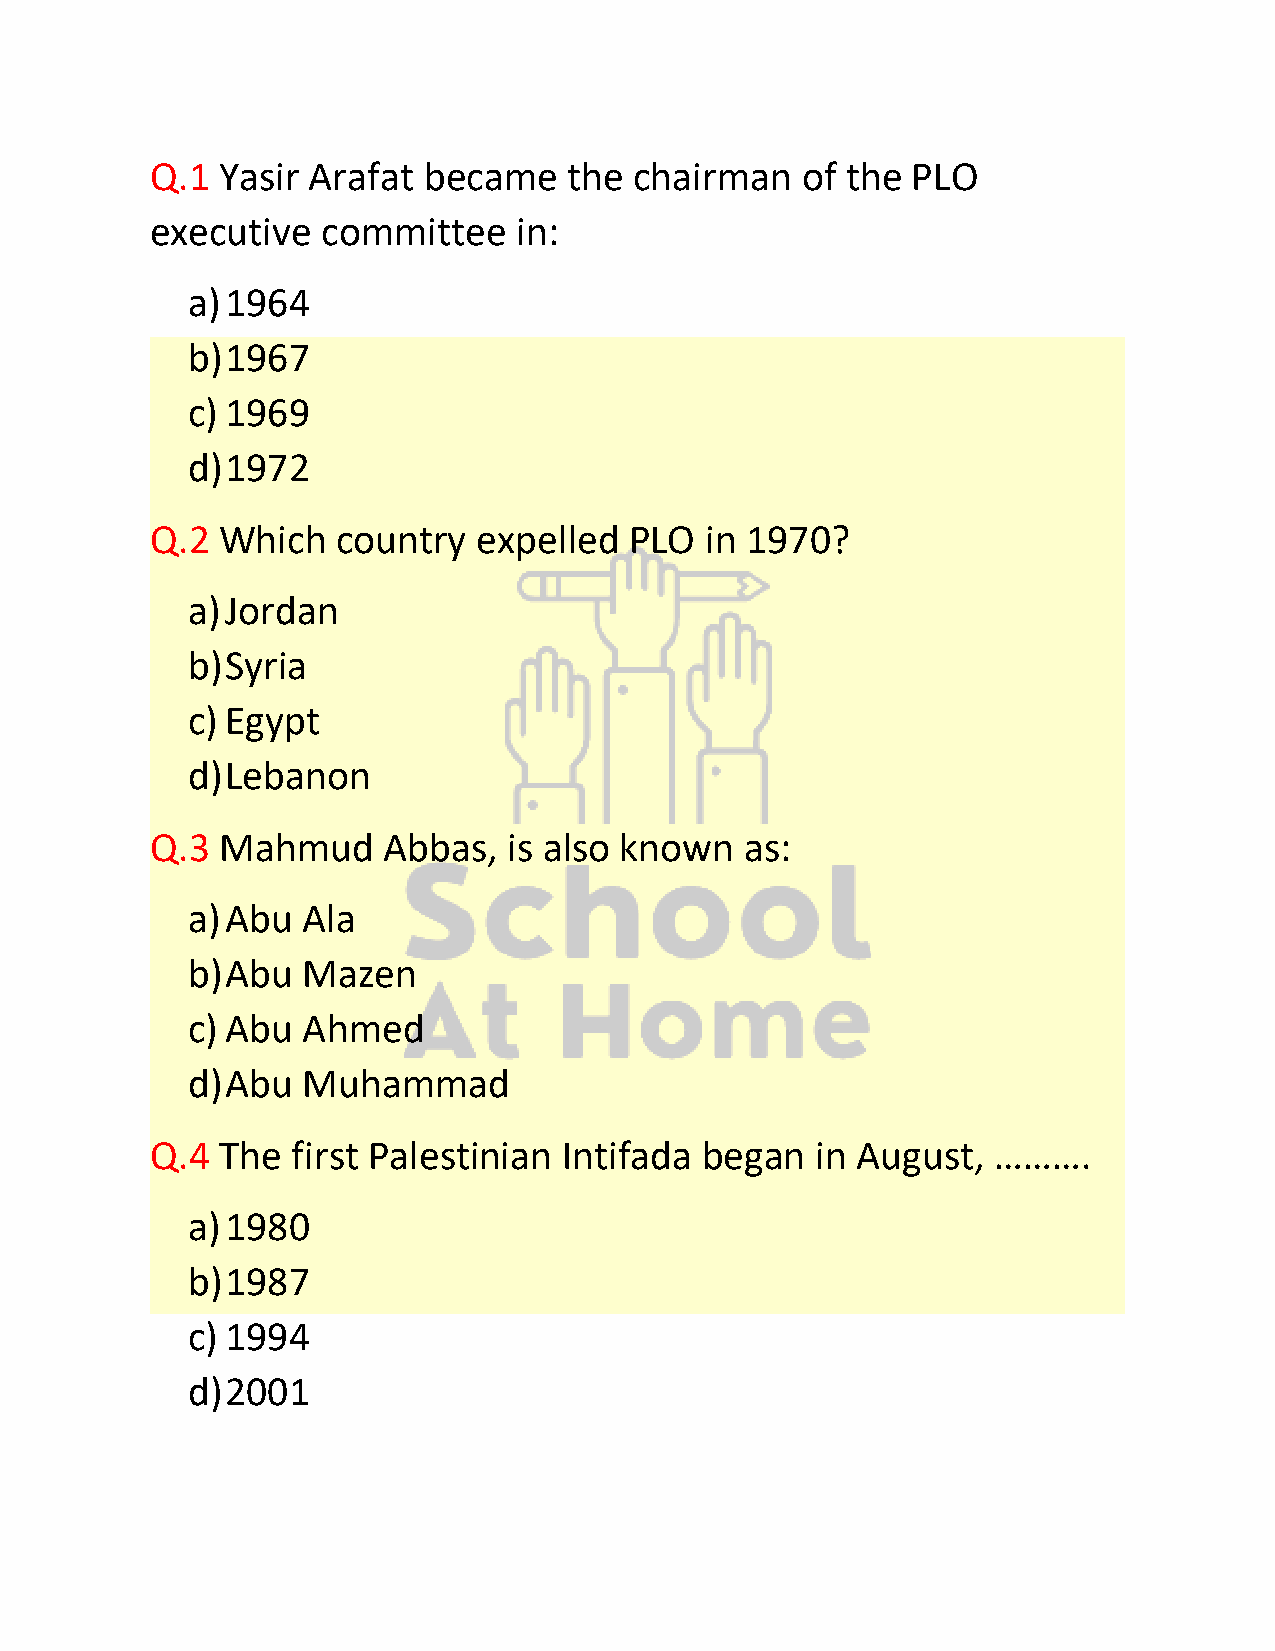
Q.1  Yasir Arafat became    the chairman   of the PLO
 executive  committee    in:
 a) 1964
 b) 1967
 c) 1969
 d) 1972
 Q.2  Which  country   expelled  PLO  in 1970?
 a) Jordan
 b) Syria
 c) Egypt
 d) Lebanon
 Q.3  Mahmud    Abbas,   is also known  as:
 a) Abu  Ala
 b) Abu  Mazen
 c) Abu  Ahmed
 d) Abu  Muhammad
 Q.4  The first Palestinian Intifada  began  in August,  ……….
 a) 1980
 b) 1987
 c) 1994
 d) 2001